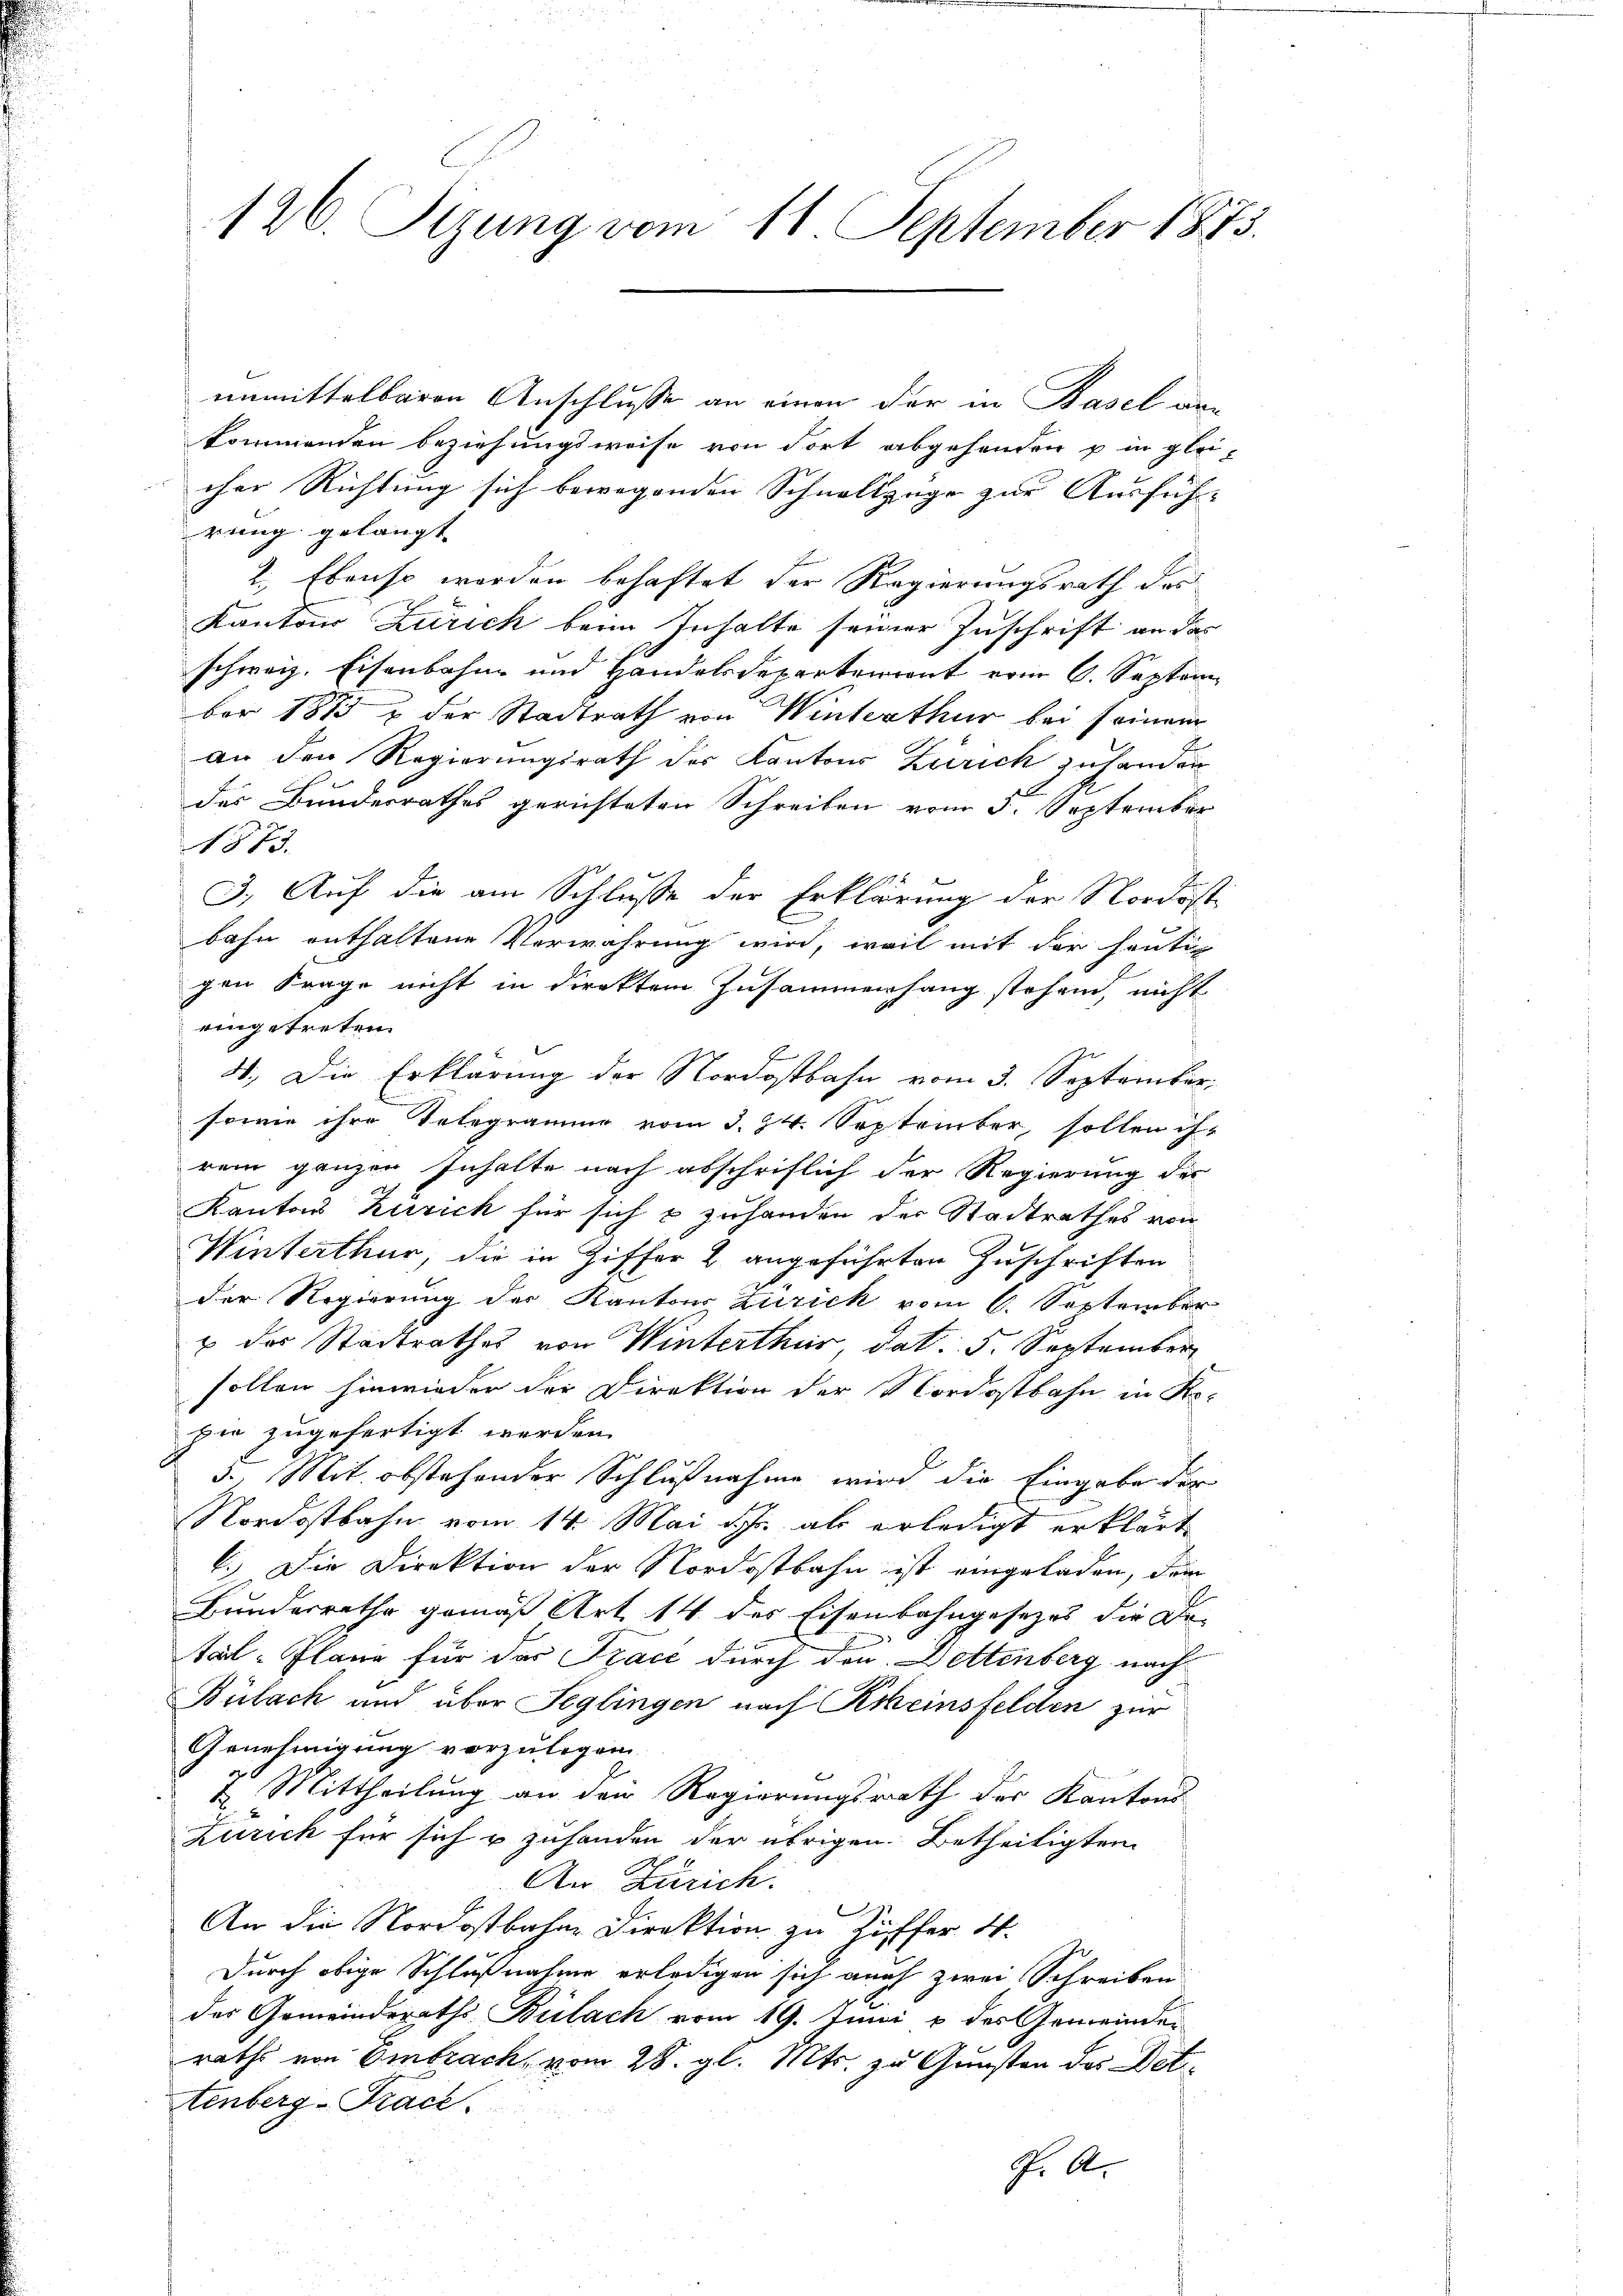
126. Sizung vom 11. September 1873.

unmittelbaren Anschlusse an einen der in Basel von
kommenden Beziehungsweise von dort abgehenden u in glei-
cher Richtung sich bewegenden Schnellzüge zur Ausfüh-
rung gelangt
2. Ebenso werden behaftet der Regierungsrath des
Kantons Zürich beim Inhalte seiner Zuschrift an das
schweiz. Eisenbahne und Handelsdepartemont vom 6. Septem
ber 1873 u der Stadtrath von Winterthur bei seinem
an den Regierungsrath der Kantons Zürich zuhanden
der Bundesrathes gerichteten Schreiben vom 3. September
1873.
3.) Auf die am Schlusse der Erklärung der Nordost
bahn enthaltene Verwahrung wird, weil mit der heutig
gen Frage nicht in direktem Zusammenhang stehen, nicht
eingetreten.
4.) Die Erklärung der Nordostbahn vom 3. September
sowie ihre Telegramme vom 3. 24. September, sollen ih-
rem ganzen Inhalte nach abschriflich der Regierung des
Kantons Zürich für sich & zuhanden der Stadtrathes von
Winterthur, die in Ziffer 2 angeführten Zuschriften
der Regierung des Kantons Zurick vom 6. September
& des Stadtrathes von Winterthur, dat. 5. September
sollen hinwieder der Direktion der Nordostbahn in Re-
pie zugefertigt werden.
5.. Mit obstehender Schlußnahme wird die Eingabe der
Nordostbahn vom 14. Mai d. J. als erledigt erklärt,
6.) Die Direktion der Nordostbahn ist eingeladen, dem
Bundesrathe gemäß Art. 14 der Eisenbahngesetzes die Detal-Planz für das Trace durch den Dettenberg nach
Bülach and über Seglingen nach Kreinsfelden zur
Genehmigung vorzulegen
4. Mittheilung an den Regierungsrath der Kantons
Zürich für sich & zuhanden der übrigen Betheiligten
An Zürich.
1
An die Nordostbahne Direktion zu Hüffer 4.
Durch obige Schlußnahme erledigen sich auch zwei Schreiben
des Gemeinderaths Bülach vom 19. Juni u des Gemeinder
rath von Embrach vom 28. gl. Mts. zu Gunsten des Dettenberg-Trace.
J. A.